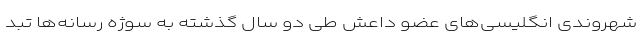
شهروندی انگلیسی‌های عضو داعش طی دو سال گذشته به سوژه رسانه‌ها تبد